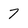
Character: 7